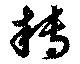
転